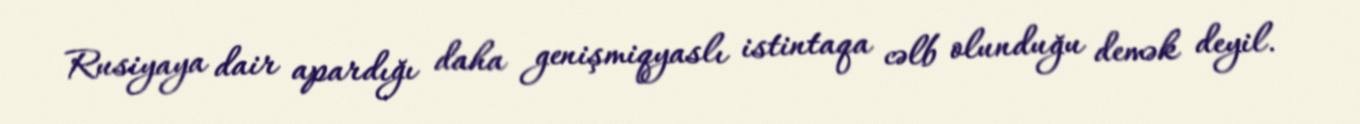
Rusiyaya dair apardığı daha genişmiqyaslı istintaqa cəlb olunduğu demək deyil.